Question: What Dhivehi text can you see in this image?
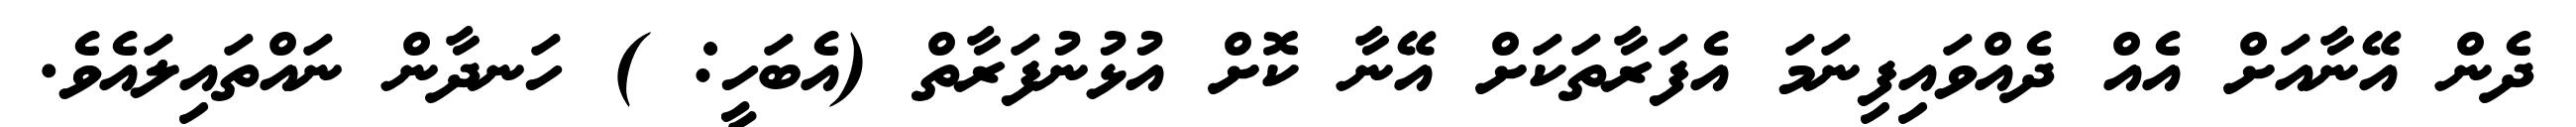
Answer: ދެން އޭނާއަށް އެއް ދެއްވައިފިނަމަ އެފަރާތަކަށް އޭނާ ކޮށް އުޅުނުފަރާތް (އެބަހީ: ) ހަނދާން ނައްތައިލައެވެ.